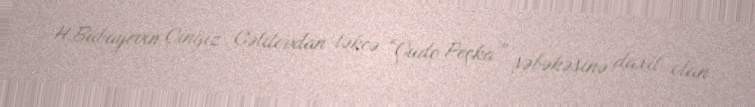
H.Babayevin Çingiz Cəlilovdan təkcə “Çudo Peçka” şəbəkəsinə daxil olan